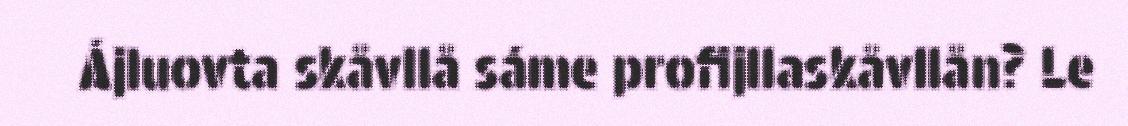
Ájluovta skåvllå sáme profijllaskåvllån? Le